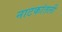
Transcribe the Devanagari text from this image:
नाटकांतली